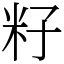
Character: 籽